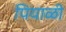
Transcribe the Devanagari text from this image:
पियाळी